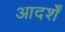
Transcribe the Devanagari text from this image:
आदर्शें